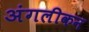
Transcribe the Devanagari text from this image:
अंगलीकन